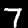
Digit: 7